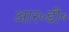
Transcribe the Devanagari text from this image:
आर॰डी॰